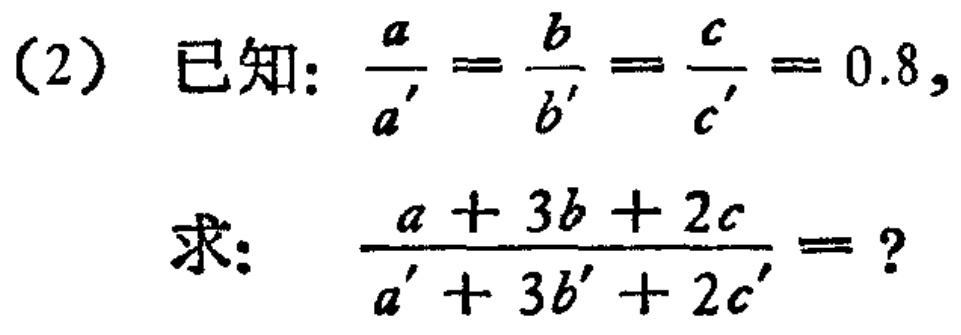
(2) 已知：\(\frac{a}{a'}=\frac{b}{b'}=\frac{c}{c'}=0.8\)，
求：\(\frac{a + 3b + 2c}{a' + 3b' + 2c'}=?\)